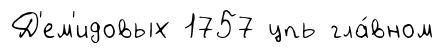
Д'ем'идовых 1757 цпь гла́вном